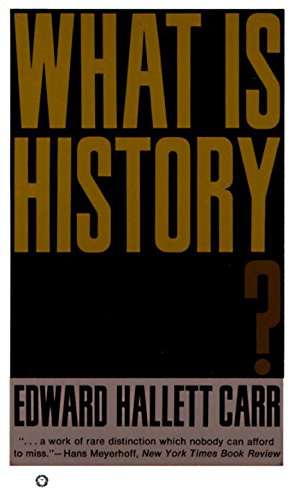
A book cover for What Is History?; Edward Hallet Carr; History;